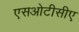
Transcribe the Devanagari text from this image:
एसओटीसीए